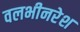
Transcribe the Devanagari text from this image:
वलभीनरेश